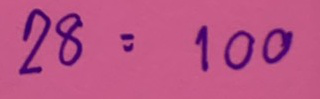
28 = 100